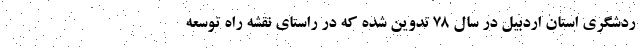
ردشگری استان اردبیل در سال ۷۸ تدوین شده که در راستای نقشه راه توسعه